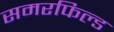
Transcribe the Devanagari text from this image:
समरफिल्ड